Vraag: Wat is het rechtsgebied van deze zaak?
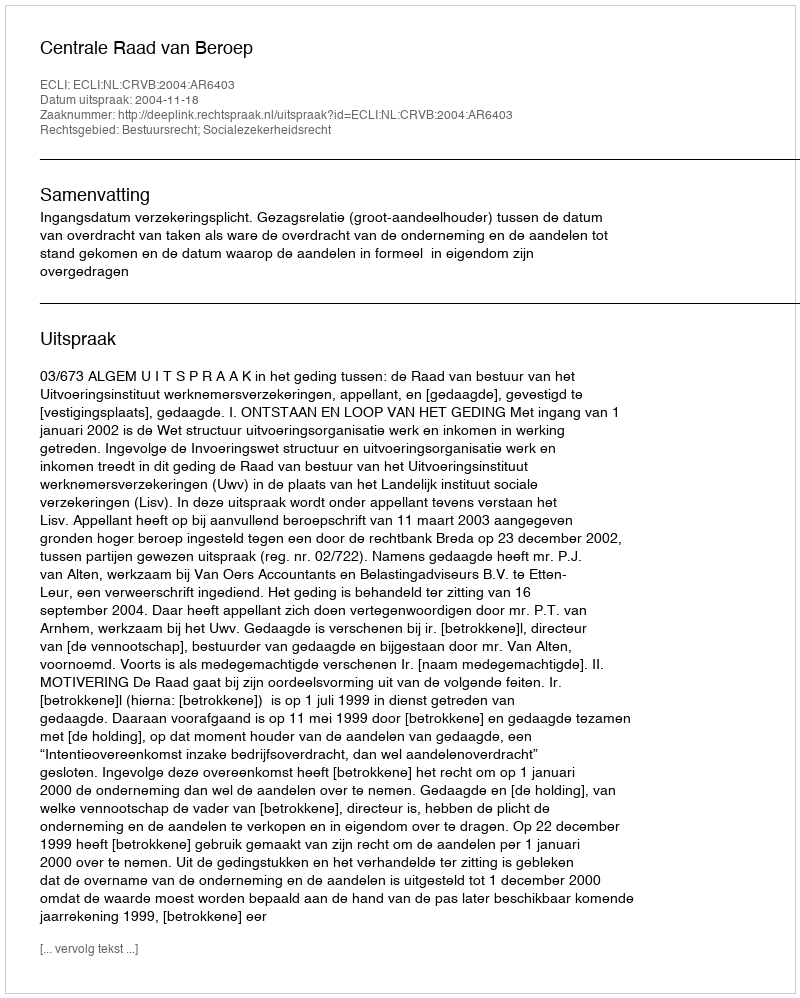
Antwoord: Bestuursrecht; Socialezekerheidsrecht